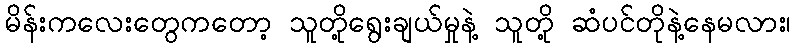
မိန်းကလေးတွေကတော့ သူတို့ရွေးချယ်မှုနဲ့ သူတို့ ဆံပင်တိုနဲ့နေမလား၊